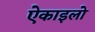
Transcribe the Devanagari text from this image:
ऐकाइलो